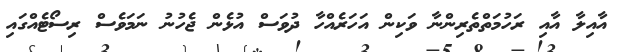
އާއިލާ އާއި ރަހުމަތްތެރިންނާ ވަކިން އަހަރެއްހާ ދުވަސް އުޅެން ޖެހުނު ނަމަވެސް ރިސޯޓެއްގައި